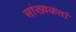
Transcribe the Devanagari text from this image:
सांख्यकर्ता